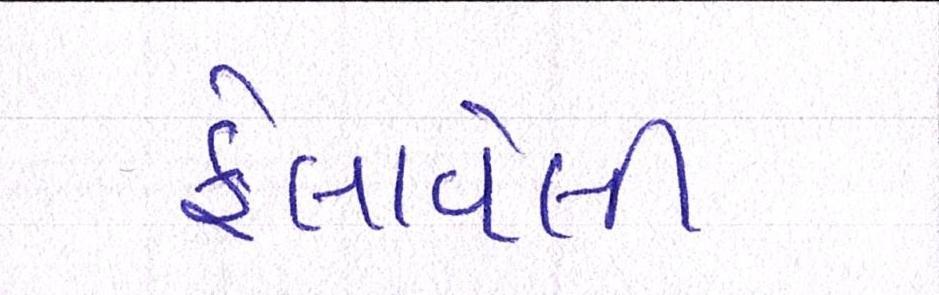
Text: ફેલાવેલી